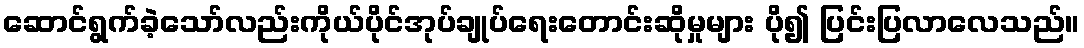
ဆောင်ရွက်ခဲ့သော်လည်းကိုယ်ပိုင်အုပ်ချုပ်ရေးတောင်းဆိုမှုများ ပို၍ ပြင်းပြလာလေသည်။